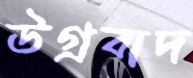
উগ্রবাদ